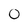
Character: 0